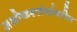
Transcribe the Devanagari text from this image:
अशोकस्तंभांवरील